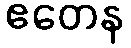
ဧတေန